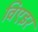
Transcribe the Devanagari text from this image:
विएइर